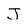
Character: J